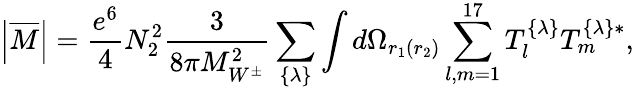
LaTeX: {\left|{\overline{{M}}}\right|}={\frac{e^{6}}{4}}N_{2}^{2}{\frac{3}{8\pi M_{W^{\pm}}^{2}}}\sum_{\{ \lambda\} }\int d\Omega_{r_{1}(r_{2})}\sum_{l,m=1}^{17}{T}_{l}^{\{ \lambda\} }T_{m}^{\{ \lambda\} *},